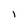
Character: l